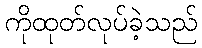
ကိုထုတ်လုပ်ခဲ့သည်